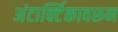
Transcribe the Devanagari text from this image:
अंटार्क्टिकावरून